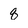
Character: q